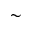
\sim